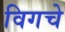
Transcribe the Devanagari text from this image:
विगचे